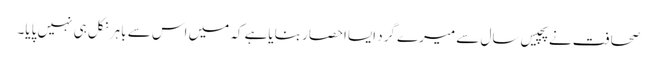
صحافت نے پچیس سال سے میرے گرد ایسااحصار بنایاہے کہ میں اس سے باہر نکل ہی نہیں پایا۔